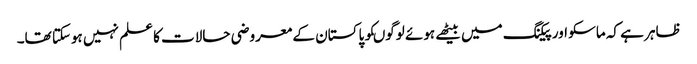
ظاہر ہے کہ ماسکو اور پیکنگ میں بیٹھے ہوئے لوگوںکو پاکستان کے معروضی حالات کا علم نہیں ہوسکتا تھا۔